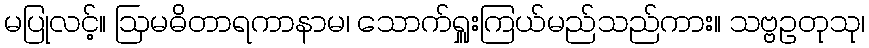
မပြုလင့်။ ဩမဓိတာရကာနာမ၊ သောက်ရှူးကြယ်မည်သည်ကား။ သဗ္ဗဥတုသု၊